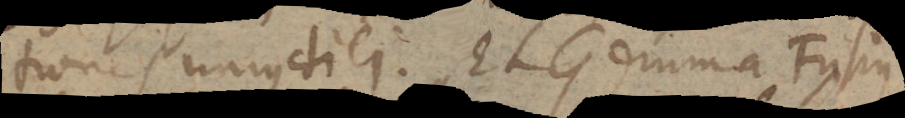
tiones unius diei. Et Gemma Frisius